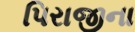
પિરાજીના